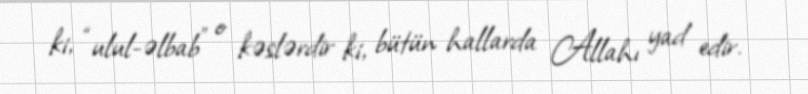
ki, “ulul-əlbab” o kəslərdir ki, bütün hallarda Allahı yad edir.